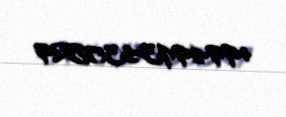
+994993430529